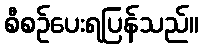
စီစဉ်ပေးရပြန်သည်။